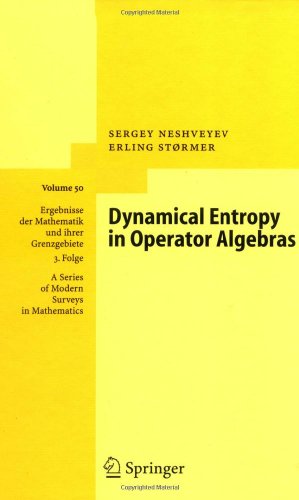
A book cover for Dynamical Entropy in Operator Algebras (Ergebnisse der Mathematik und ihrer Grenzgebiete. 3. Folge / A Series of Modern Surveys in Mathematics); Sergey Neshveyev; Science & Math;